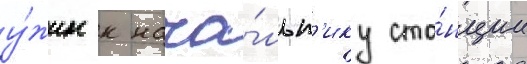
у́жин к нача́льн'ику ста́нции